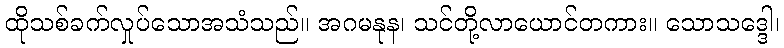
ထိုသစ်ခက်လှုပ်သောအသံသည်။ အဂမနုန၊ သင်တို့လာယောင်တကား။ သောသဒ္ဒေါ၊